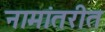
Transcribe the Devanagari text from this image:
नामांतरीत